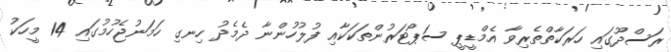
ރަސްދޫގައި ހަރަކާތްތެރިވާ އެމްޑީޕީ ސަޕޯޓަރުންތަކަކާއި ފުލުހުންނާ ދެމެދު ހިނގި ހަމަނުޖެހުމުގައި 14 މީހަކު